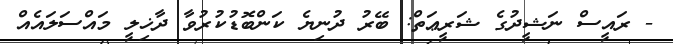
- ރައީސް ނަޝީދުގެ ޝަރީޢަތް: ބޭރު ދުނިޔެ ކަންބޮޑުކުރުވާ ދާޚިލީ މައްސަލައެއް